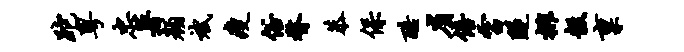
跎粤忠暑颜斌瘦俗瞀恭保酷省倍雷隧排彀禀